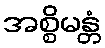
အစ္စိမန္တံ